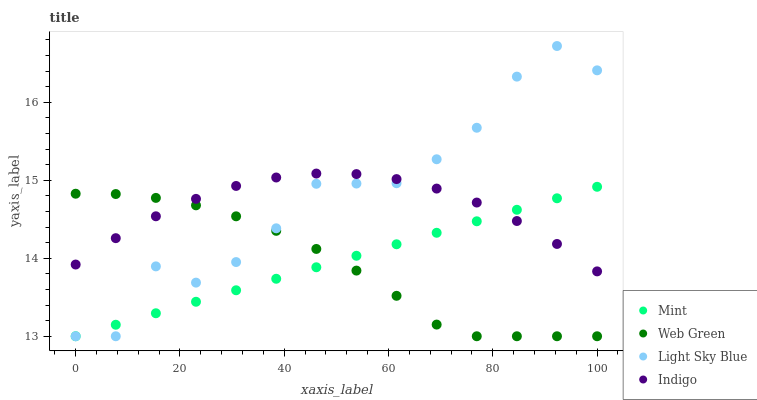
| xaxis_label | Mint | Web Green | Light Sky Blue | Indigo |
 | --- | --- | --- | --- | --- |
 | 0 | 13 | 14.8 | 13 | 13.9 |
 | 7.69 | 13.1 | 14.8 | 13 | 14.3 |
 | 15.4 | 13.3 | 14.8 | 13.9 | 14.5 |
 | 23.1 | 13.4 | 14.7 | 13.7 | 14.8 |
 | 30.8 | 13.6 | 14.5 | 14 | 14.9 |
 | 38.5 | 13.7 | 14.4 | 14.4 | 15 |
 | 46.2 | 13.9 | 14.1 | 15 | 15.1 |
 | 53.8 | 14 | 13.8 | 15 | 15.1 |
 | 61.5 | 14.2 | 13.5 | 15 | 15 |
 | 69.2 | 14.3 | 13.1 | 15.3 | 14.9 |
 | 76.9 | 14.5 | 13 | 15.7 | 14.7 |
 | 84.6 | 14.6 | 13 | 16.3 | 14.5 |
 | 92.3 | 14.8 | 13 | 16.7 | 14.2 |
 | 100 | 14.9 | 13 | 16.4 | 13.8 |